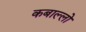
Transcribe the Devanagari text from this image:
कबाल्लो